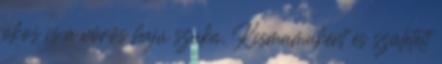
okos is a vörös hajú szuka. Kismamaként és született